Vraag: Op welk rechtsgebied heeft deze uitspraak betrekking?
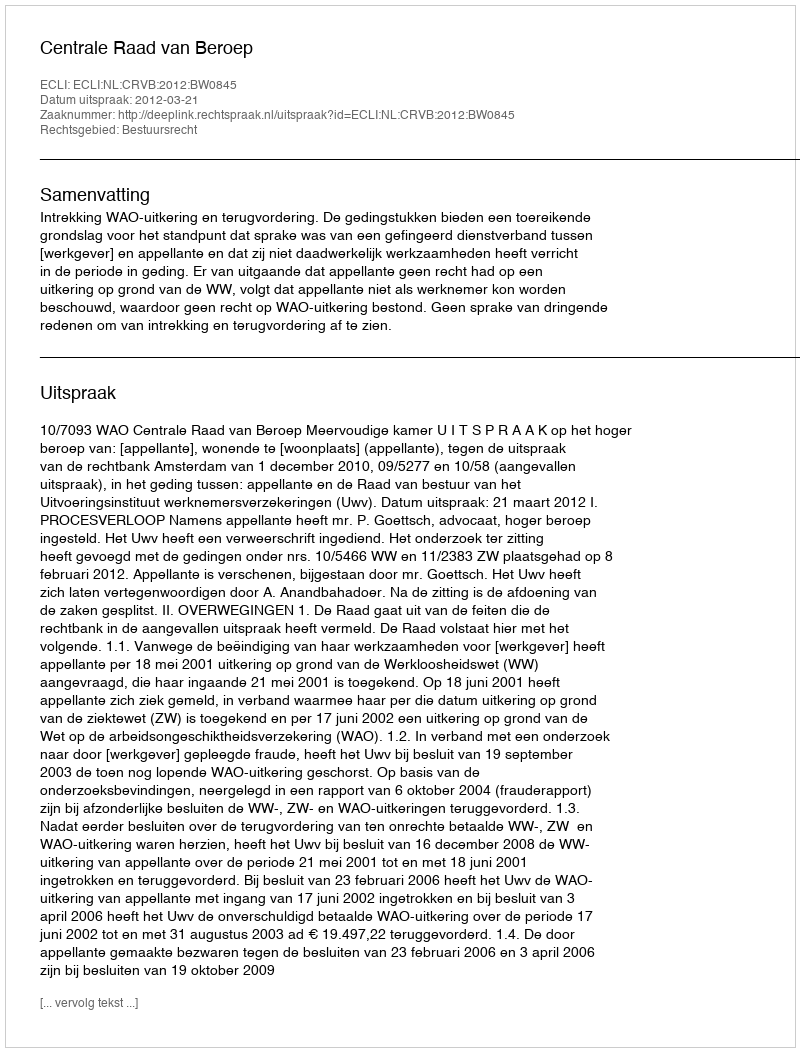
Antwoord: Bestuursrecht